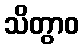
သိတွာဝ